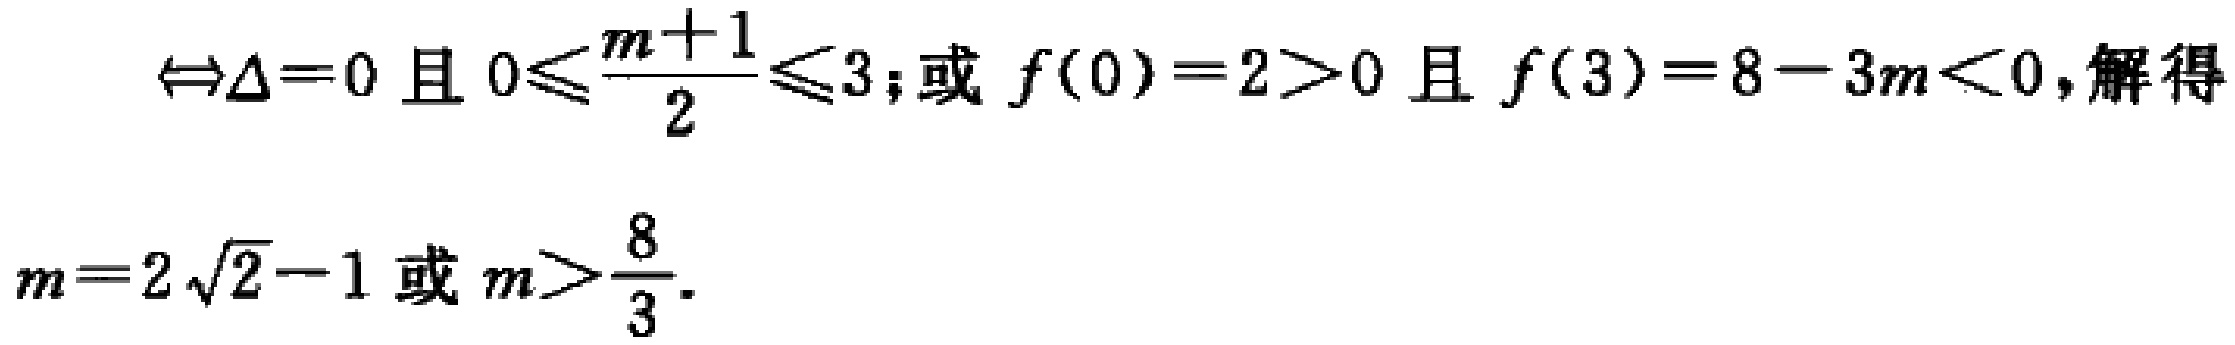
$\Leftrightarrow\Delta = 0\text{ 且 }0\leqslant\frac{m + 1}{2}\leqslant3\text{;或 }f(0)=2>0\text{ 且 }f(3)=8 - 3m<0,\text{解得 }\\

m = 2\sqrt{2}-1\text{ 或 }m>\frac{8}{3}.$